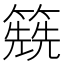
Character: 𥳱